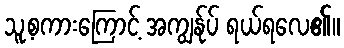
သူ့စကားကြောင့် အကျွန်ုပ် ရယ်ရလေ၏။